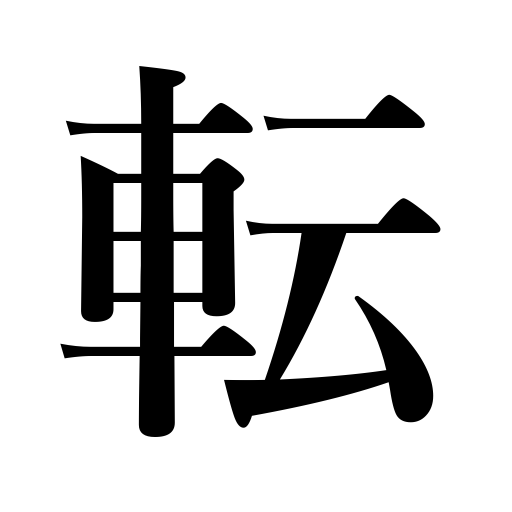
Meanings: lie down on the lawn,be convulsed with laughter,change,turn,tumble,knock down,fall down,roll over,remove